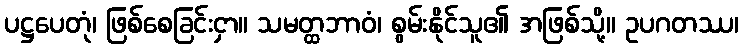
ပဋ္ဌပေတုံ၊ ဖြစ်စေခြင်းငှာ။ သမတ္ထဘာဝံ၊ စွမ်းနိုင်သူ၏ အဖြစ်သို့။ ဥပဂတဿ၊